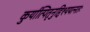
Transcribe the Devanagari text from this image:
कुर्यात्पितृनुद्दिश्ययत्नतः